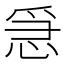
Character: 𢚩